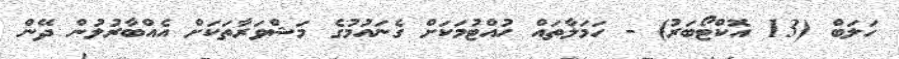
ހަލަބް (13 އޮކްޓޯބަރު) - ހަމަލާތައް ހުއްޓުމަކަށް ގެނައުމުގެ މަޝްވަރާތަކަށް އެއްބާރުލުން ދޭން